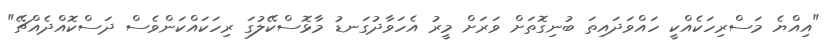
"އިއްޔެ މަސްރިހަކެއްކީ ހައްވަދައިތަ ބުނިގޮތަށް ވަރަށް މީރު އެހަވާދުގަނޑު މާޅޮސްކޭލުގަ ރިހަކައްކަންވެސް ދަސްކޮއްދެއްޗޭ"